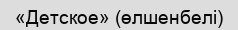
«Детское» (өлшенбелі)